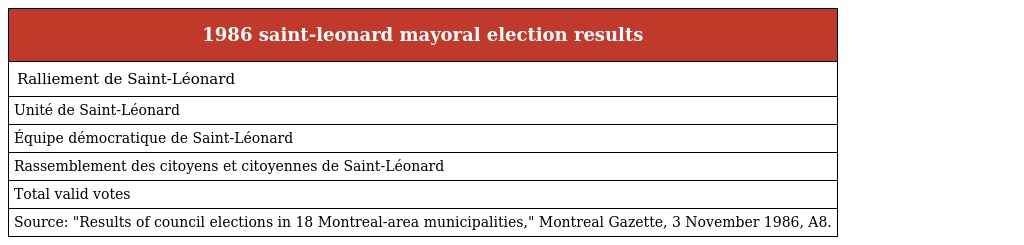
| 1986 saint-leonard mayoral election results |
 | --- |
 | Ralliement de Saint-Léonard |
 | Unité de Saint-Léonard |
 | Équipe démocratique de Saint-Léonard |
 | Rassemblement des citoyens et citoyennes de Saint-Léonard |
 | Total valid votes |
 | Source: "Results of council elections in 18 Montreal-area municipalities," Montreal Gazette, 3 November 1986, A8. |